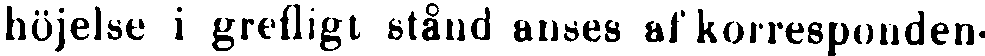
höjelse i grefligt stånd anses af korresponden-